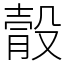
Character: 䐨